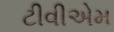
ટીવીએમ